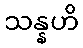
သန္နဟိ